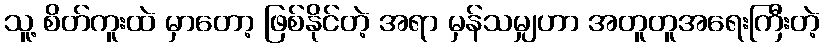
သူ့ စိတ်ကူးထဲ မှာတော့ ဖြစ်နိုင်တဲ့ အရာ မှန်သမျှဟာ အတူတူအရေးကြီးတဲ့